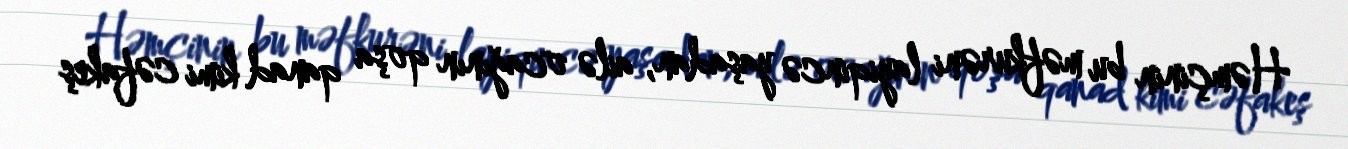
Həmçinin bu məfkurəni layiqincə yaşadan, ailə ocağının qoşa qanad kimi cəfakeş